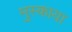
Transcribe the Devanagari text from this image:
मुस्काया